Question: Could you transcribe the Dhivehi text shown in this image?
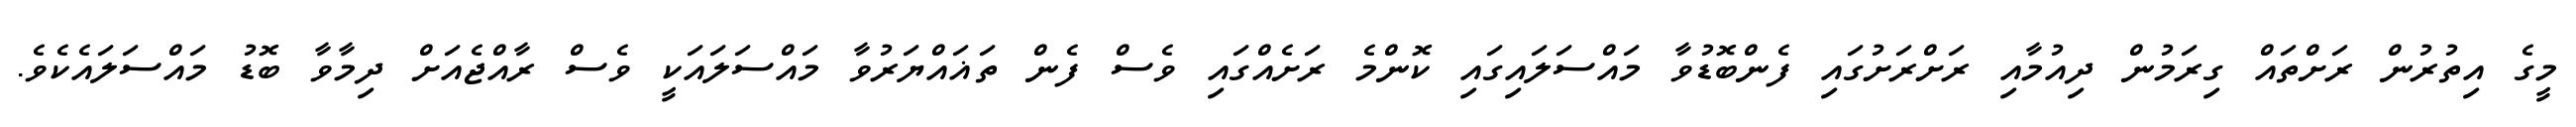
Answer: މީގެ އިތުރުން ރަށްތައް ގިރަމުން ދިއުމާއި ރަށްރަށުގައި ފެންބޮޑުވާ މައްސަލައިގައި ކޮންމެ ރަށެއްގައި ވެސް ފެން ތަޣައްޔަރުވާ މައްސަލައަކީ ވެސް ރާއްޖެއަށް ދިމާވާ ބޮޑު މައްސަލައެކެވެ.